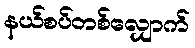
နယ်စပ်တစ်လျှောက်